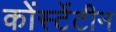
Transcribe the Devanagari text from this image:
कोंस्टेंटीन